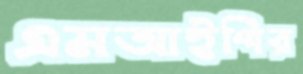
এমআইপির